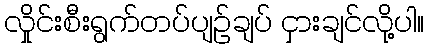
လှိုင်းစီးရွက်တပ်ပျဉ်ချပ် ငှားချင်လို့ပါ။